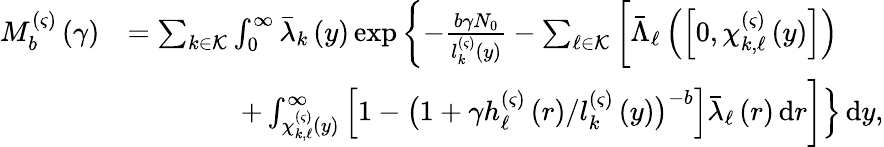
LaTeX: \begin{array}{rl}{M_{b}^{\left(\varsigma\right)}\left(\gamma\right)}&{=\sum_{k\in\mathcal{K}}\int_{0}^{\infty}\bar{\lambda}_{k}\left(y\right)\exp\left\{ -\frac{b\gamma N_{0}}{l_{k}^{\left(\varsigma\right)}\left(y\right)}-\sum_{\ell\in\mathcal{K}}\bigg[\bar{\Lambda}_{\ell}\left(\left[0,\chi_{k,\ell}^{\left(\varsigma\right)}\left(y\right)\right]\right)\right.}\\ &{\qquad\qquad\left.+\int_{\chi_{k,\ell}^{\left(\varsigma\right)}\left(y\right)}^{\infty}{\Big[1-\big(1+\gamma h_{\ell}^{\left(\varsigma\right)}\left(r\right)/l_{k}^{\left(\varsigma\right)}\left(y\right)\big)^{-b}\Big]\bar{\lambda}_{\ell}\left(r\right)\, \mathrm{d}r}\bigg]\right\} \, \mathrm{d}y,}\end{array}